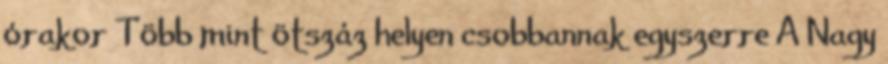
órakor Több mint ötszáz helyen csobbannak egyszerre A Nagy